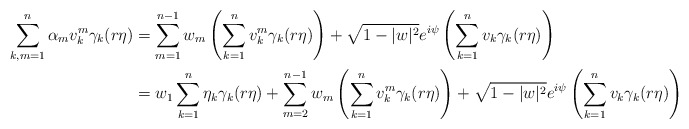
\begin{align*} \sum_{k,m=1}^n \alpha_m v_k^m \gamma_k(r\eta)&=\sum_{m=1}^{n-1} w_m\left(\sum_{k=1}^n v_k^m \gamma_k(r\eta)\right)+\sqrt{1-|w|^2} e^{i\psi}\left(\sum_{k=1}^n v_k \gamma_k (r\eta)\right)\\ &=w_1 \sum_{k=1}^n \eta_k \gamma_k(r\eta)+ \sum_{m=2}^{n-1} w_m\left(\sum_{k=1}^n v_k^m \gamma_k(r\eta)\right)+\sqrt{1-|w|^2} e^{i\psi}\left(\sum_{k=1}^n v_k \gamma_k (r\eta)\right)\end{align*}